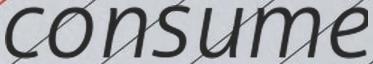
consume